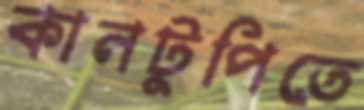
কানটুপিতে